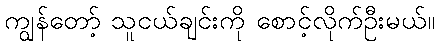
ကျွန်တော့် သူငယ်ချင်းကို စောင့်လိုက်ဦးမယ်။